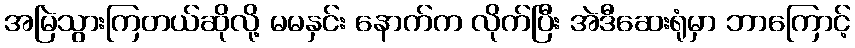
အမြဲသွားကြတယ်ဆိုလို့ မမနှင်း နောက်က လိုက်ပြီး အဲဒီဆေးရုံမှာ ဘာကြောင့်